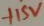
Text: +15V